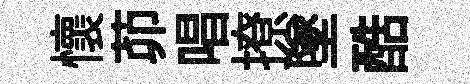
懷茆唱撩墜酷